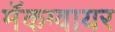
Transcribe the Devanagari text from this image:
मॅकग्वायर